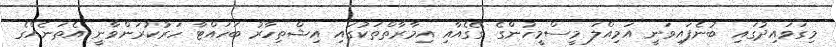
މިގަވައިދުގައި ބުނެފައިވަނީ އަމިއްލަ މީސްމީހުންގެ ގޭގެއާއި އިމާރާތްތަކުގައި އިޝްތިހާރު ބަހައްޓާ ހަރުކުރަންވާނީ އެތަނެއްގެ